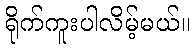
ရိုက်ကူးပါလိမ့်မယ်။